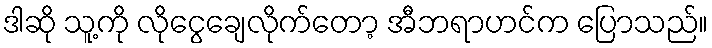
ဒါဆို သူ့ကို လိုငွေချေလိုက်တော့ အီဘရာဟင်က ပြောသည်။